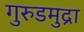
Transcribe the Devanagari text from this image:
गुरुडमुद्रा